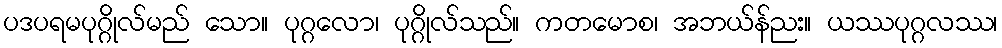
ပဒပရမပုဂ္ဂိုလ်မည် သော။ ပုဂ္ဂလော၊ ပုဂ္ဂိုလ်သည်။ ကတမောစ၊ အဘယ်န်ညး။ ယဿပုဂ္ဂလဿ၊